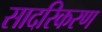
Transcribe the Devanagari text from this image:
सादरिकरण